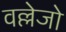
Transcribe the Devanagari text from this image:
वल्लेजो